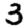
Digit: 3